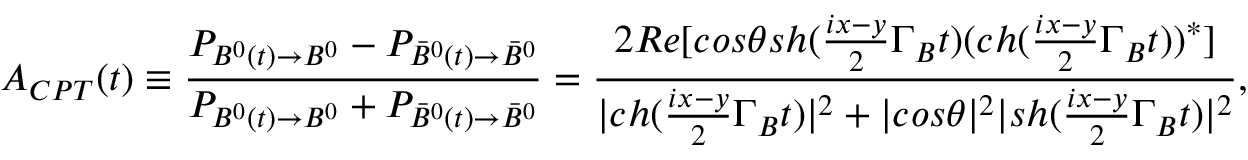
A _ { C P T } ( t ) \equiv \frac { P _ { B ^ { 0 } ( t ) \to B ^ { 0 } } - P _ { \bar { B } ^ { 0 } ( t ) \to \bar { B } ^ { 0 } } } { P _ { B ^ { 0 } ( t ) \to B ^ { 0 } } + P _ { \bar { B } ^ { 0 } ( t ) \to \bar { B } ^ { 0 } } } = \frac { 2 R e [ c o s \theta s h ( \frac { i x - y } { 2 } \Gamma _ { B } t ) ( c h ( \frac { i x - y } { 2 } \Gamma _ { B } t ) ) ^ { * } ] } { | c h ( \frac { i x - y } { 2 } \Gamma _ { B } t ) | ^ { 2 } + | c o s \theta | ^ { 2 } | s h ( \frac { i x - y } { 2 } \Gamma _ { B } t ) | ^ { 2 } } ,